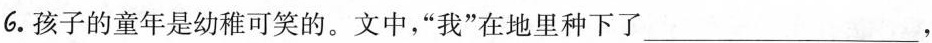
6.孩子的童年是幼稚可笑的。 文中，”我”在地里种下了___，